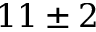
1 1 \pm 2